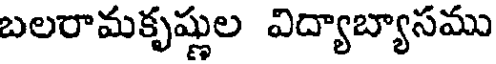
బలరామకృష్ణుల విద్యాబ్యాసము